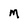
Character: m